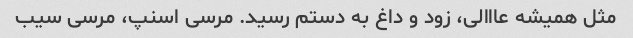
مثل همیشه عااالی، زود و داغ به دستم رسید. مرسی اسنپ، مرسی سیب